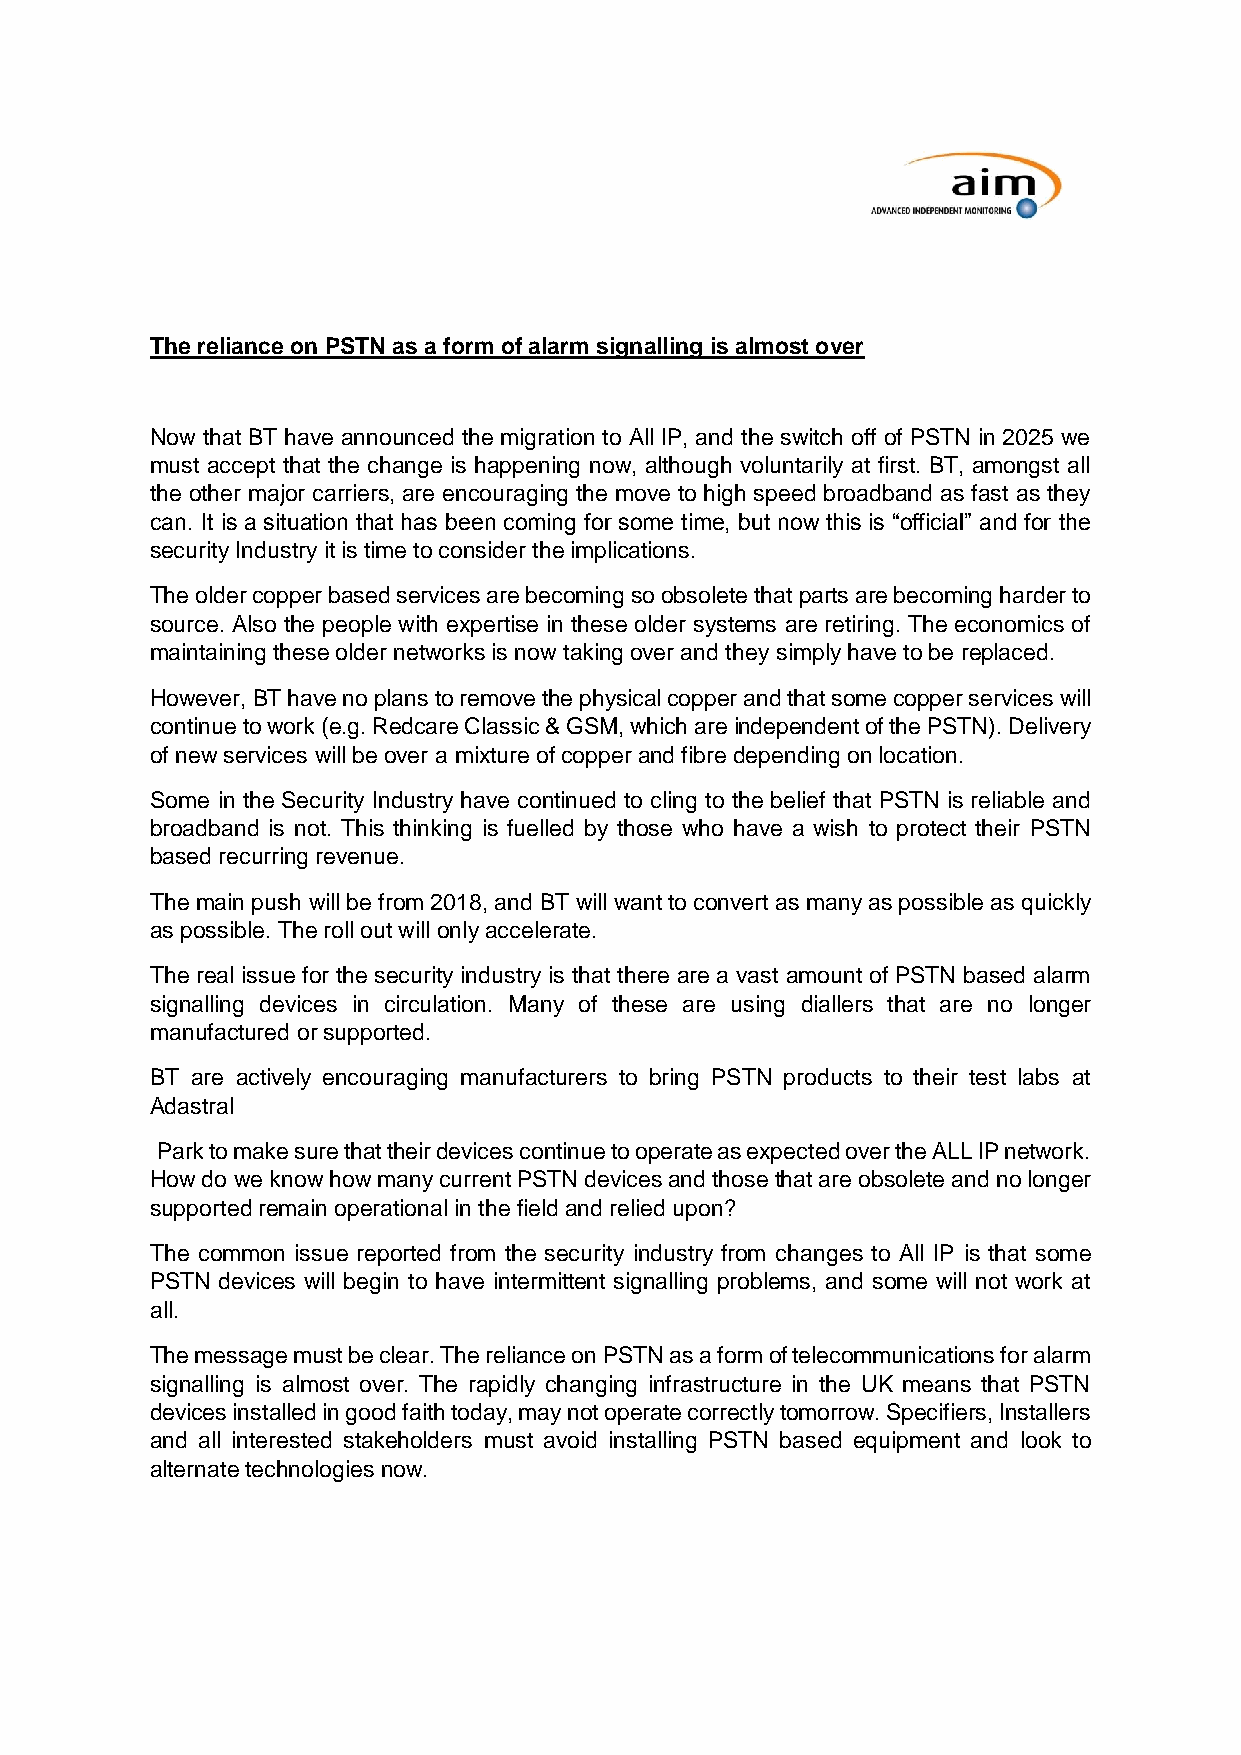
The reliance on PSTN as a form of alarm signalling is almost over
 Now that BT have announced the migration to All IP, and the switch off of PSTN in 2025 we
 must accept that the change is happening now, although voluntarily at first. BT, amongst all
 the other major carriers, are encouraging the move to high speed broadband as fast as they
 can. It is a situation that has been coming for some time, but now this is “official” and for the
 security Industry it is time to consider the implications.
 The older copper based services are becoming so obsolete that parts are becoming harder to
 source. Also the people with expertise in these older systems are retiring. The economics of
 maintaining these older networks is now taking over and they simply have to be replaced.
 However, BT have no plans to remove the physical copper and that some copper services will
 continue to work (e.g. Redcare Classic & GSM, which are independent of the PSTN). Delivery
 of new services will be over a mixture of copper and fibre depending on location.
 Some in the Security Industry have continued to cling to the belief that PSTN is reliable and
 broadband is not. This thinking is fuelled by those who have a wish to protect their PSTN
 based recurring revenue.
 The main push will be from 2018, and BT will want to convert as many as possible as quickly
 as possible. The roll out will only accelerate.
 The real issue for the security industry is that there are a vast amount of PSTN based alarm
 signalling devices in circulation. Many of these are using diallers that are no longer
 manufactured or supported.
 BT are actively encouraging manufacturers to bring PSTN products to their test labs at
 Adastral
 Park to make sure that their devices continue to operate as expected over the ALL IP network.
 How do we know how many current PSTN devices and those that are obsolete and no longer
 supported remain operational in the field and relied upon?
 The common issue reported from the security industry from changes to All IP is that some
 PSTN devices will begin to have intermittent signalling problems, and some will not work at
 all.
 The message must be clear. The reliance on PSTN as a form of telecommunications for alarm
 signalling is almost over. The rapidly changing infrastructure in the UK means that PSTN
 devices installed in good faith today, may not operate correctly tomorrow. Specifiers, Installers
 and all interested stakeholders must avoid installing PSTN based equipment and look to
 alternate technologies now.